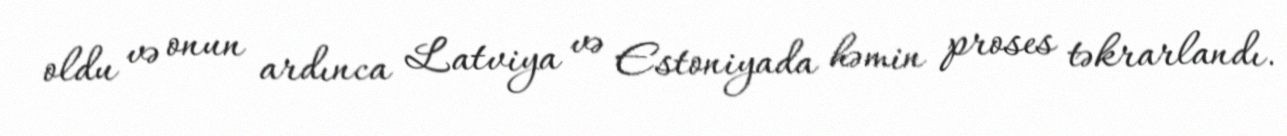
oldu və onun ardınca Latviya və Estoniyada həmin proses təkrarlandı.